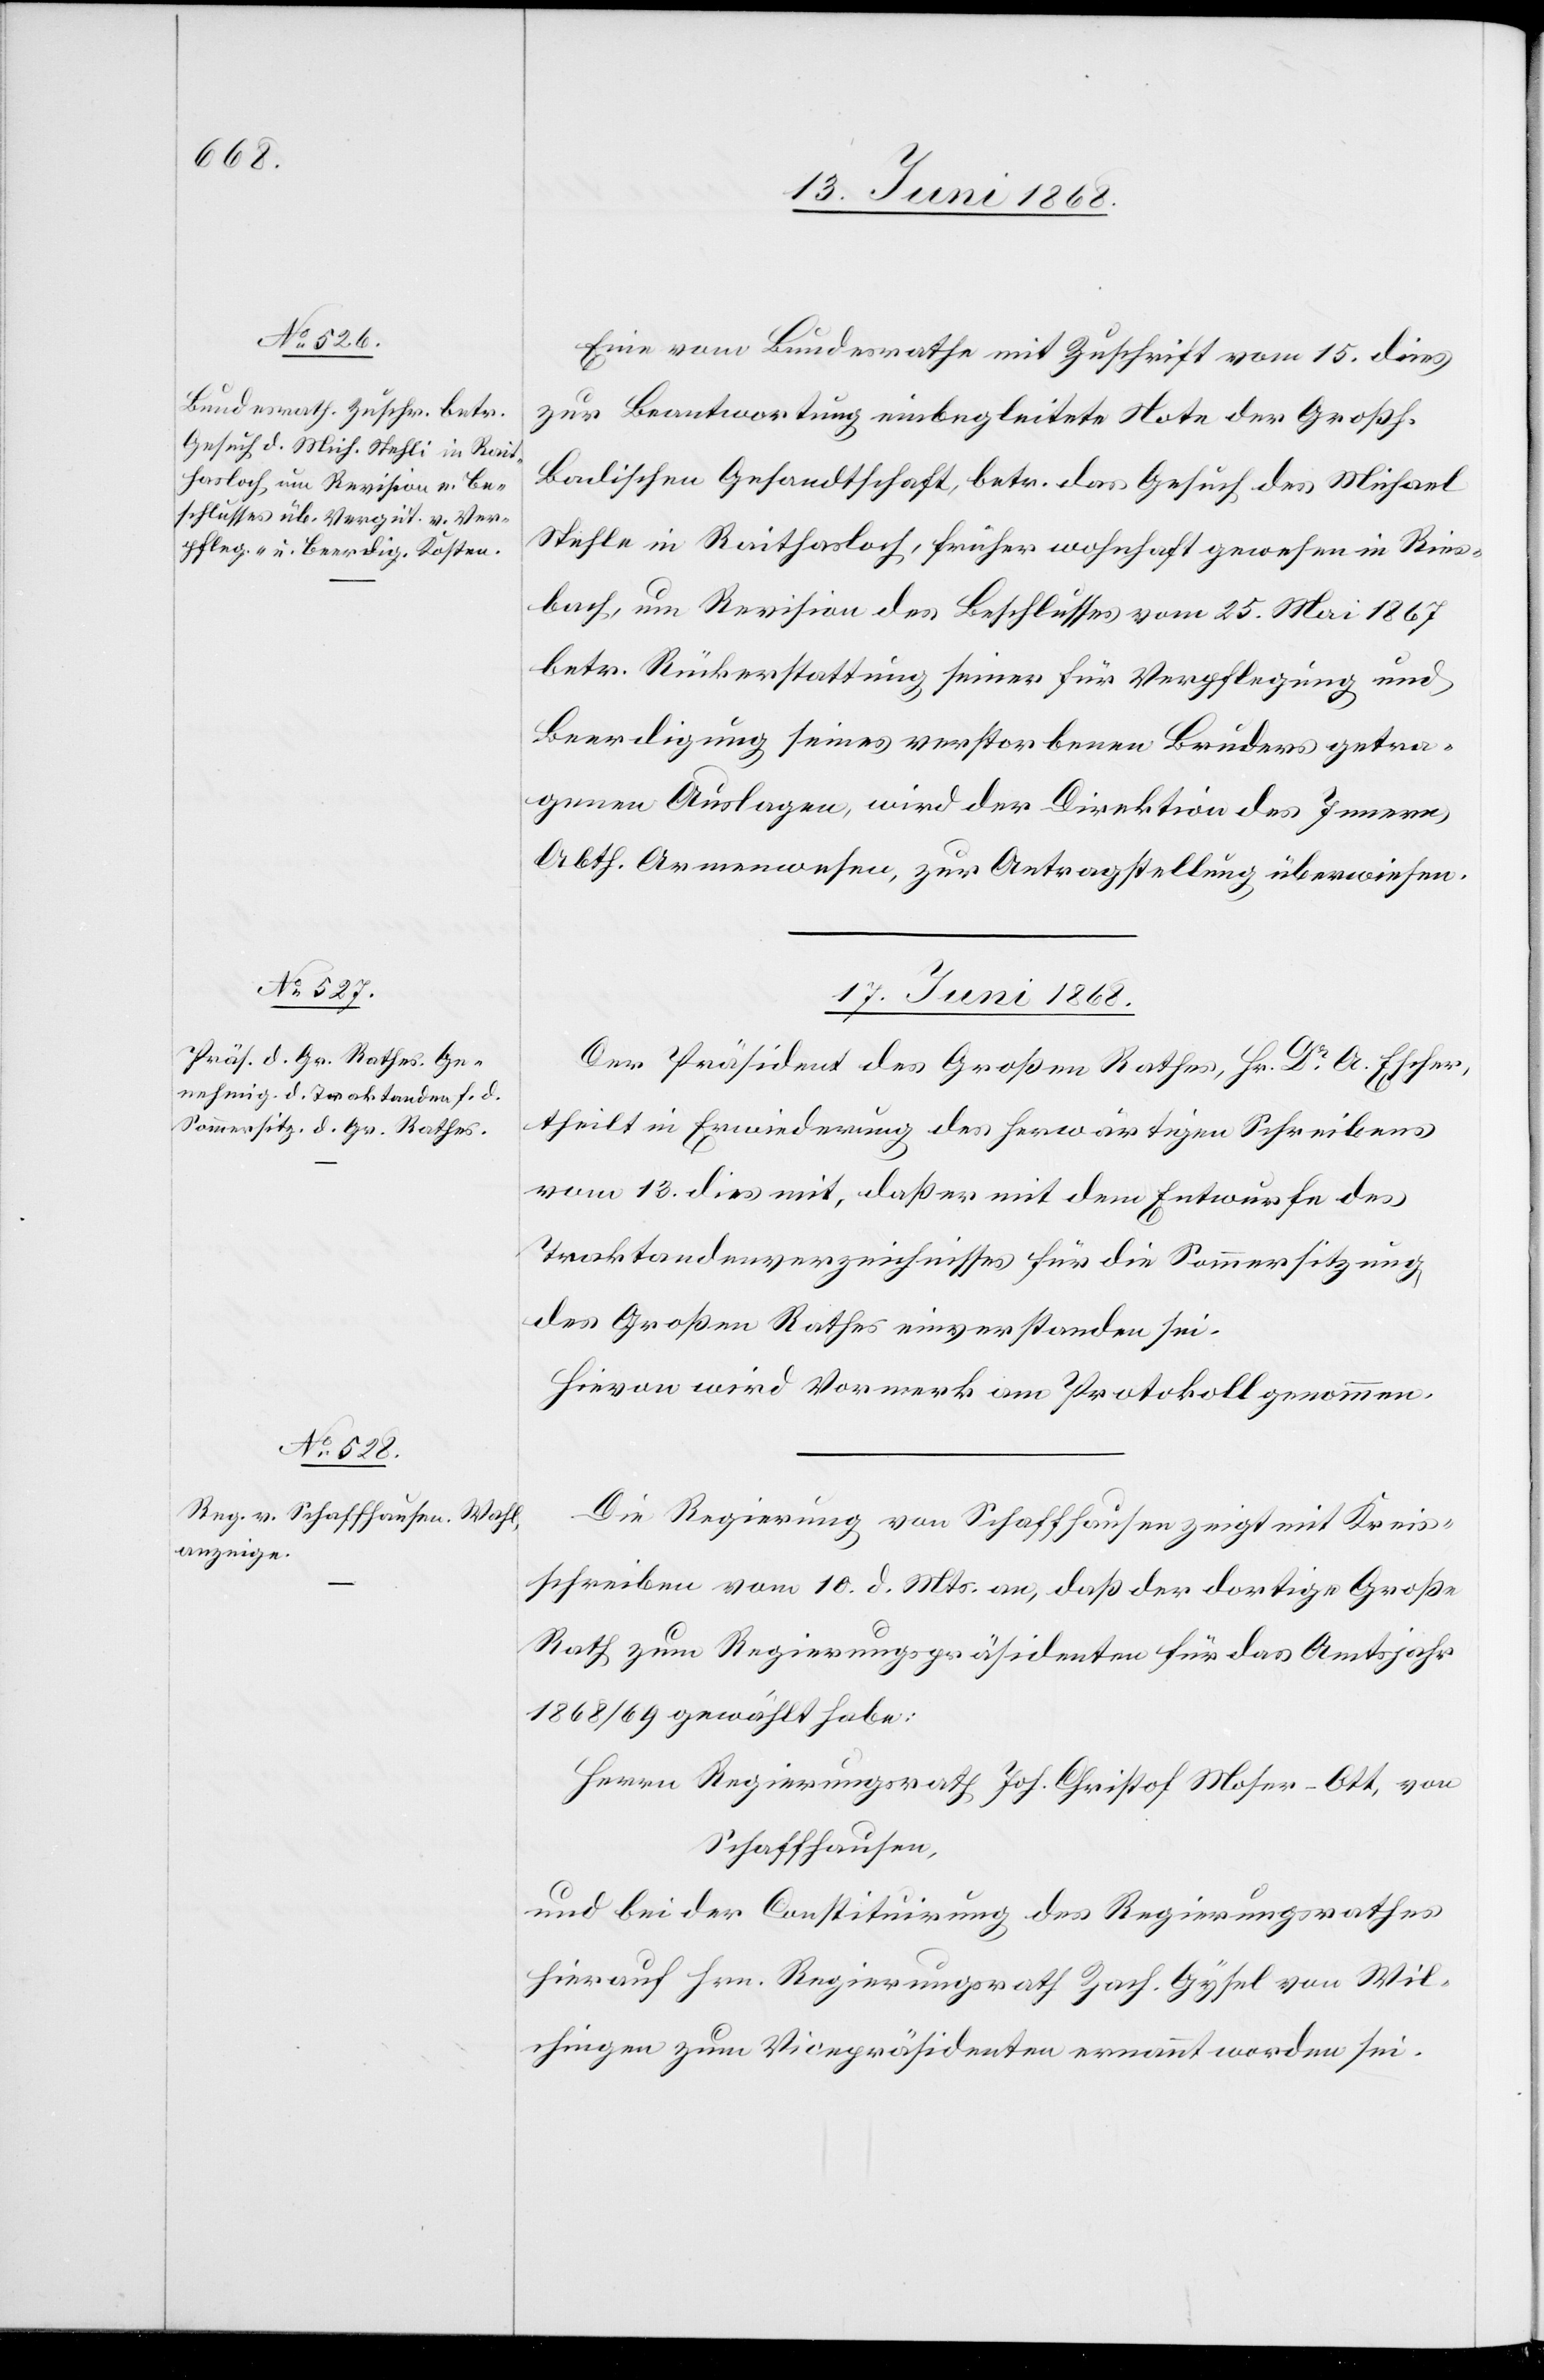
16. Juni 1868.]
Eine vom Bundesrathe mit Zuschrift vom 15. dies
zur Beantwortung einbegleitete Note der Großh.
Badischen Gesandtschaft, betr. das Gesuch des Michael
Stehle [sic!] in Raithasloch, früher wohnhaft gewesen in Ries¬
bach, um Revision des Beschlusses vom 25. Mai 1867
betr. Rückerstattung seiner für Verpflegung und
Beerdigung seines verstorbenen Bruders getra¬
genen Auslagen, wird der Direktion des Innern,
Abth. Armenwesen, zur Antragstellung überwiesen.
17. Juni 1868.]
Der Präsident des Großen Rathes, Hr. Dr A. Escher,
theilt in Erwiederung des herwärtigen Schreibens
vom 13. dies mit, daß er mit dem Entwurfe des
Traktandenverzeichnisses für die Sommersitzung
des Großen Rathes einverstanden sei.
Hievon wird Vormerk am Protokoll genommen.
Die Regierung von Schaffhausen zeigt mit Kreis¬
schreiben vom 10. d. Mts. an, daß der dortige Große
Rath zum Regierungspräsidenten für das Amtsjahr
1868/69 gewählt habe:
Herrn Regierungsrath Joh. Christof Moser-Ott, von
Schaffhausen,
und bei der Constituirung des Regierungsrathes
hierauf Hrn. Regierungsrath Zach. Gysel von Wil¬
chingen zum Vicepräsidenten ernannt worden sei.